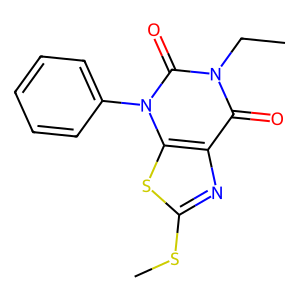
SMILES: CCn1c(=O)c2nc(SC)sc2n(-c2ccccc2)c1=O
Inhibits HIV replication: No